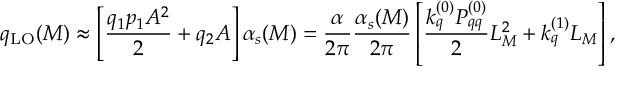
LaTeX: q _ { \mathrm { L O } } ( M ) \approx \left[ \frac { q _ { 1 } p _ { 1 } A ^ { 2 } } { 2 } + q _ { 2 } A \right] \alpha _ { s } ( M ) = \frac { \alpha } { 2 \pi } \frac { \alpha _ { s } ( M ) } { 2 \pi } \left[ \frac { k _ { q } ^ { ( 0 ) } P _ { q q } ^ { ( 0 ) } } { 2 } L _ { M } ^ { 2 } + k _ { q } ^ { ( 1 ) } L _ { M } \right] ,